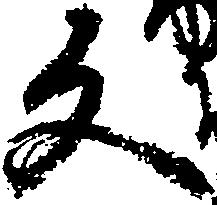
反